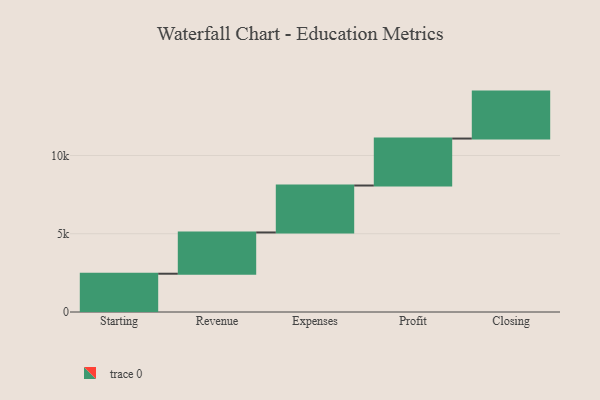
{"axis": {"x": "Step", "y": "Value"}, "legend": [""], "data": [{"x": "Starting", "y": 2446.0, "type": ""}, {"x": "Revenue", "y": 2636.0, "type": ""}, {"x": "Expenses", "y": 3000, "type": ""}, {"x": "Profit", "y": 3000, "type": ""}, {"x": "Closing", "y": 3000, "type": ""}]}